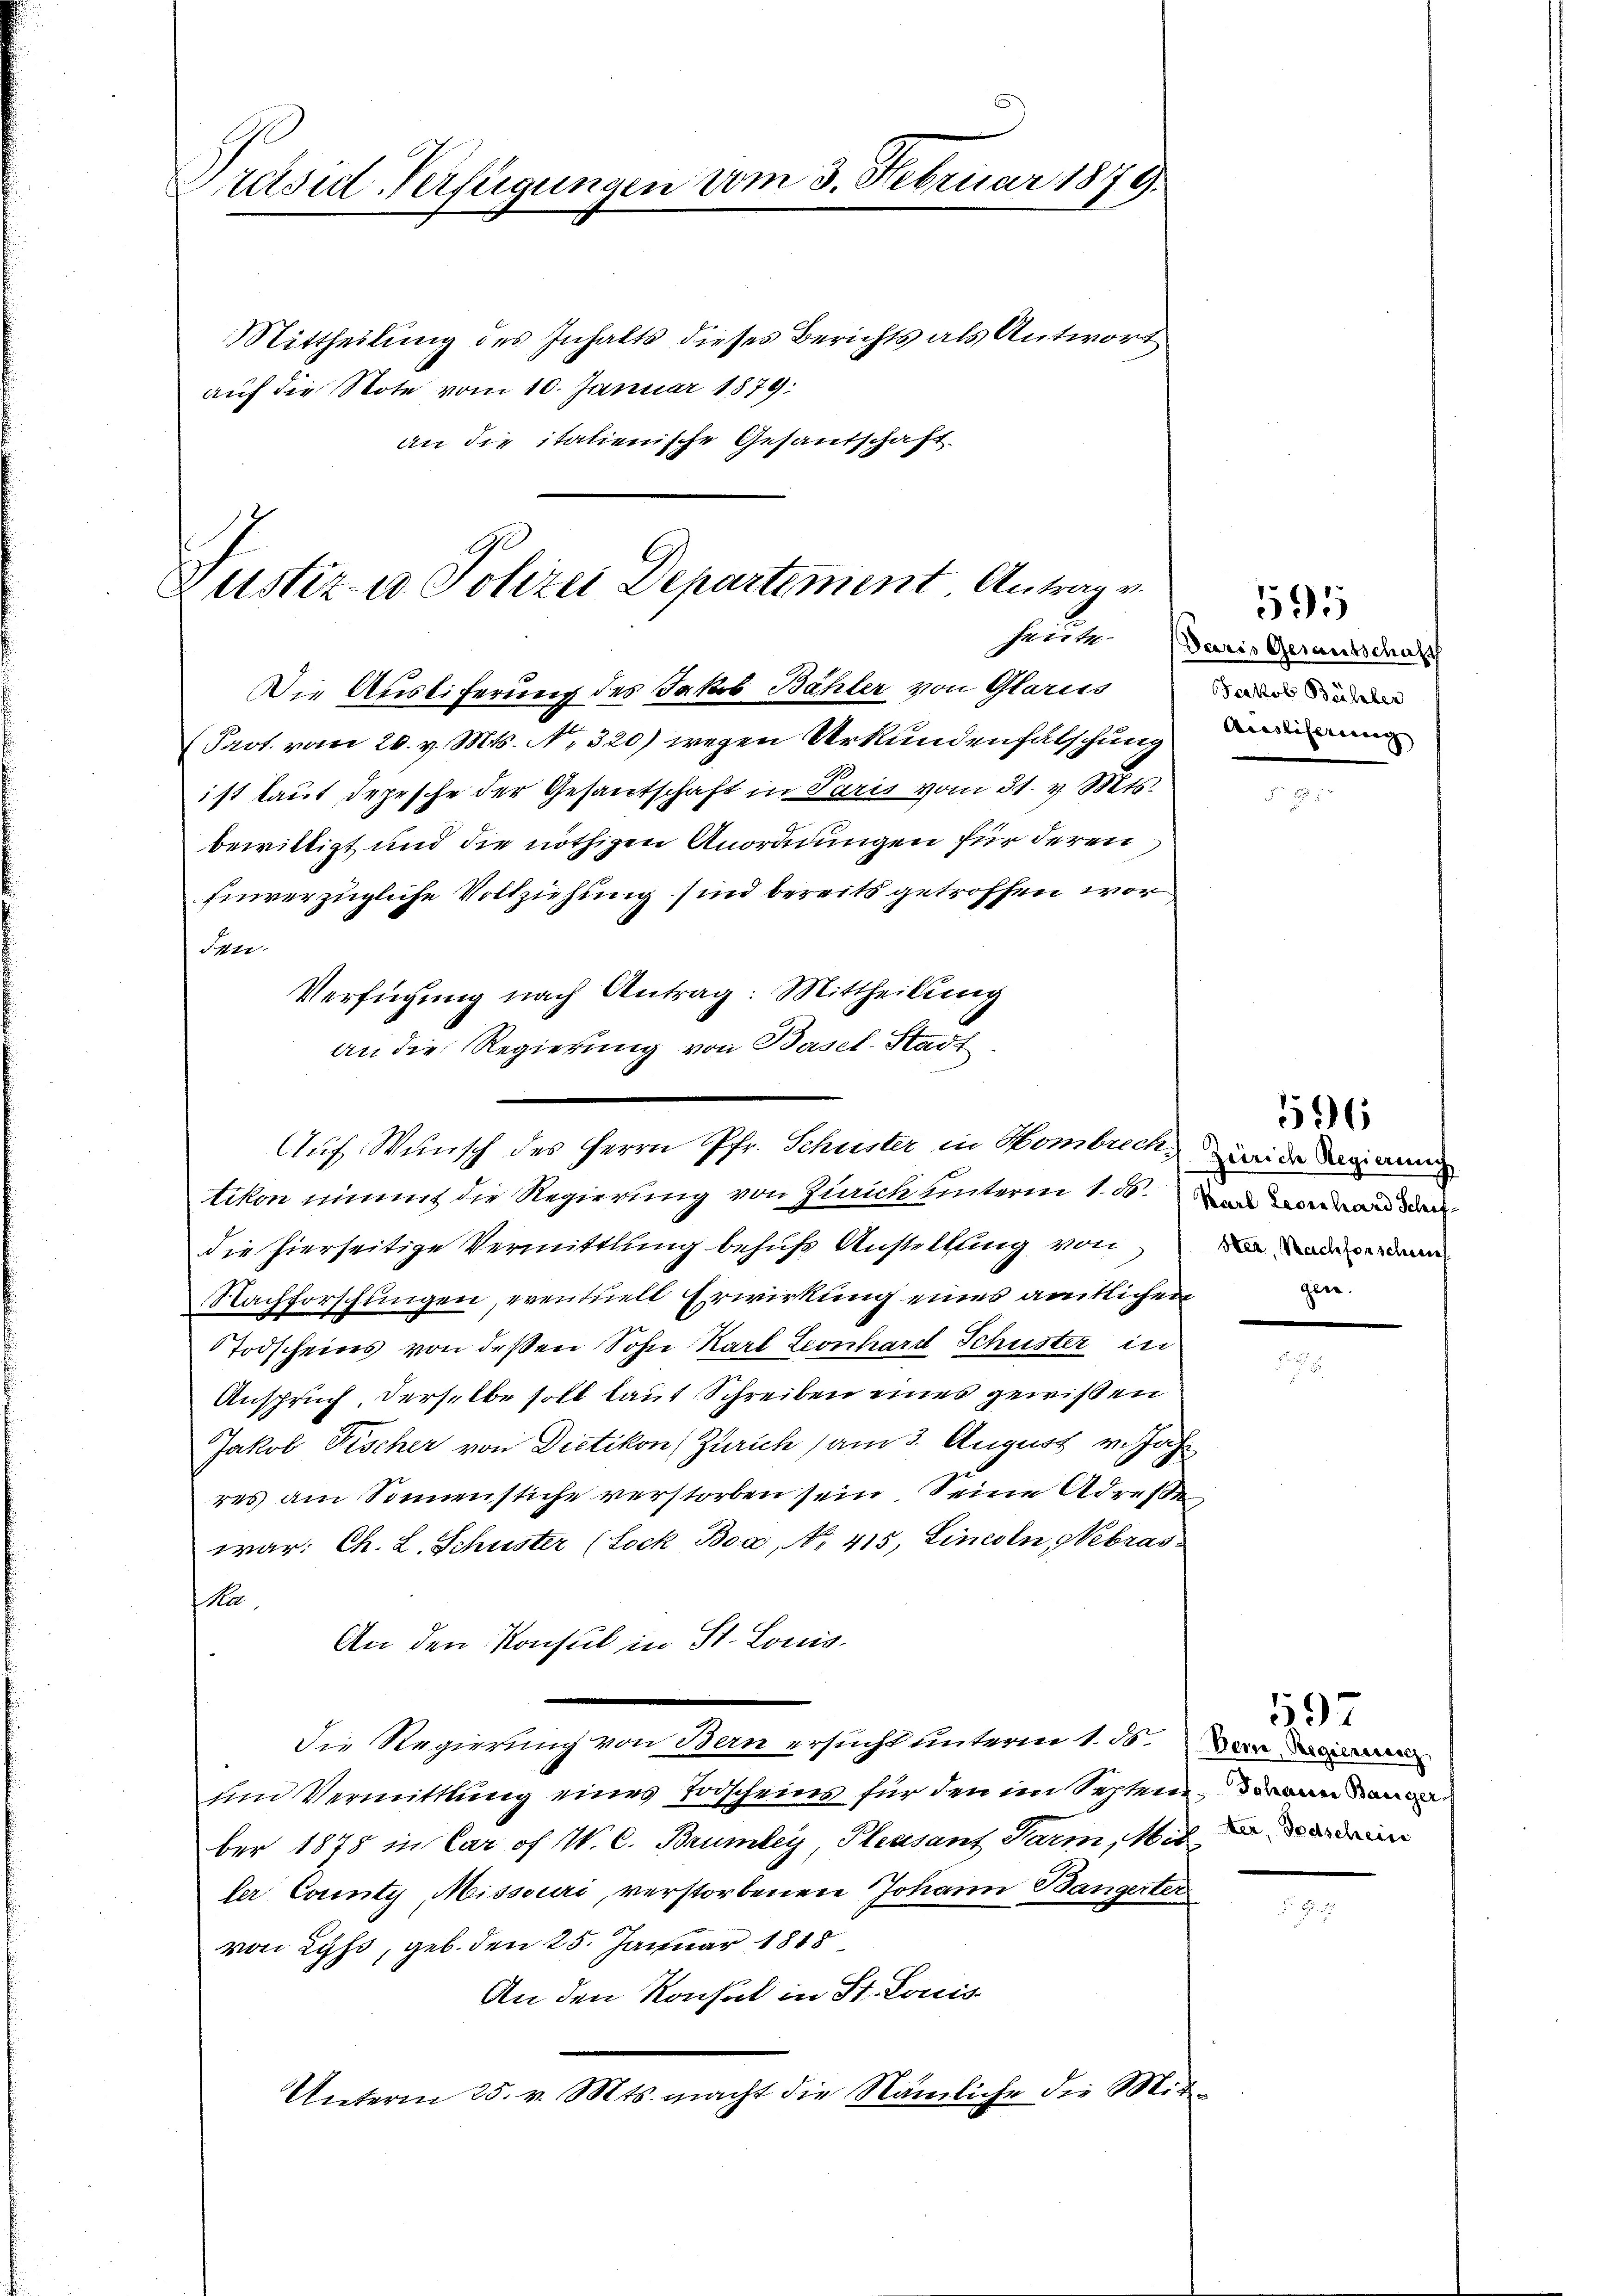
Präsid-Verfügungen vom 3. Februar 1879.
Mittheilung des Inhalts dieses Berichts als Antwort
auf die Note vom 10. Januar 1879:
an die italienische Gesandschaft.

G.
Justiz- u Polizei Departement Antrag v.
heite
Die Ausliferung des Jakob Bähler von Glarus

Prot. vom 20. v. Mts. No. 320) wegen Urkundenfalschung
ist laut depesche der Gesantschaft in Paris vom 31. v. Mts.
bewittigt und die nöthigen Anordnungen für deren
hinverzügliche Vollziehung sind bereits getroffen wor
Ien
Verfügung nach Antrag: Mittheilung

an die Regierung von Basel-Stadt
Auf Wunsch des Herrn Pfr. Schuster in Hombrech, wider Dein

tikon nimmt die Regierung von Zürich unterm 1. d. in an den
die hierseitige Vermittlung behuf Anstellung von an
Nachforschungen, eventuell Erwirkung eines amtlichen
Todscheins von deßen Sohn Karl Leonhard Schuster in
Anspruch, derselbe soll laut Schreiben eines gewißen
Jakob Fischer von Dietikon (Zürich am 3. August v. Jahr
res am Sonnenstiche verstorben sein Seine Adresse
war. Ch. L. Schuster (Lock Boa, No. 415, Linesen Nebras
ka
An den Konsul in St. Louis.
die Regierung von Bern ersucht unterm 1. 30. Der
und Vermittlung eines Todscheins für den im Septem an da
ber 1878 in Car of W. C. Brumley, Plessant Parm, Mitein
ler County, Missouri, verstorbenen Johann Bangerter
von Lyss, geb. den 25. Januar 1818
An den Konsul in St. Louis
Unterm 25. v. Mts. macht die Nämliche die Mit¬

Paris Gesantschaft
Jakob Bühler
Aisslicherung

595

596

gene.

597